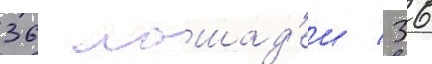
36 лошад'еи / 36